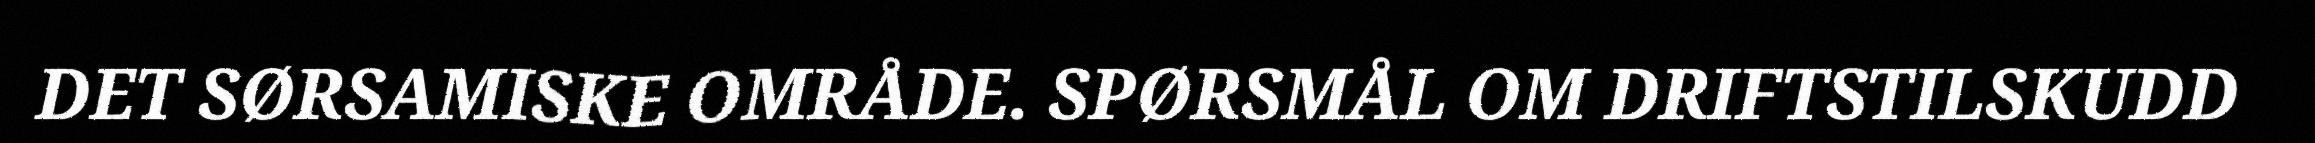
DET SØRSAMISKE OMRÅDE. SPØRSMÅL OM DRIFTSTILSKUDD